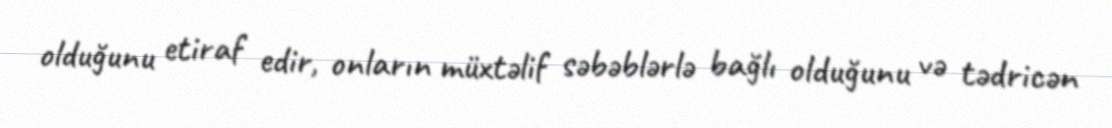
olduğunu etiraf edir, onların müxtəlif səbəblərlə bağlı olduğunu və tədricən